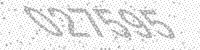
Solution: 027595